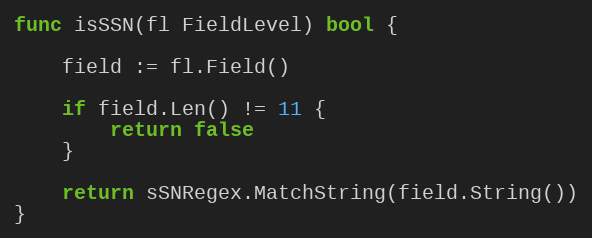
Language: Go
func isSSN(fl FieldLevel) bool {

	field := fl.Field()

	if field.Len() != 11 {
		return false
	}

	return sSNRegex.MatchString(field.String())
}